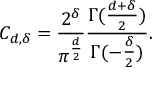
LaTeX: C _ { d , \delta } = { \frac { 2 ^ { \delta } } { \pi ^ { \frac { d } { 2 } } } } { \frac { \Gamma ( { \frac { d + \delta } { 2 } } ) } { \Gamma ( - { \frac { \delta } { 2 } } ) } } .